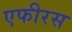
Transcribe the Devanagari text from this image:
एफीरस